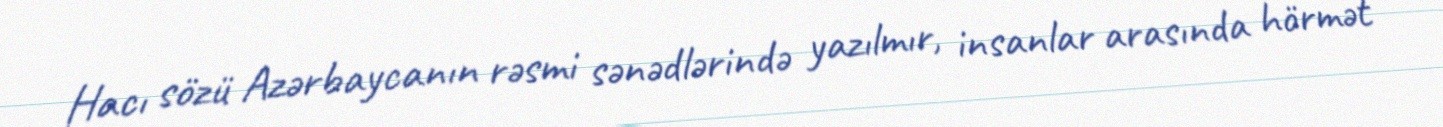
Hacı sözü Azərbaycanın rəsmi sənədlərində yazılmır, insanlar arasında hörmət